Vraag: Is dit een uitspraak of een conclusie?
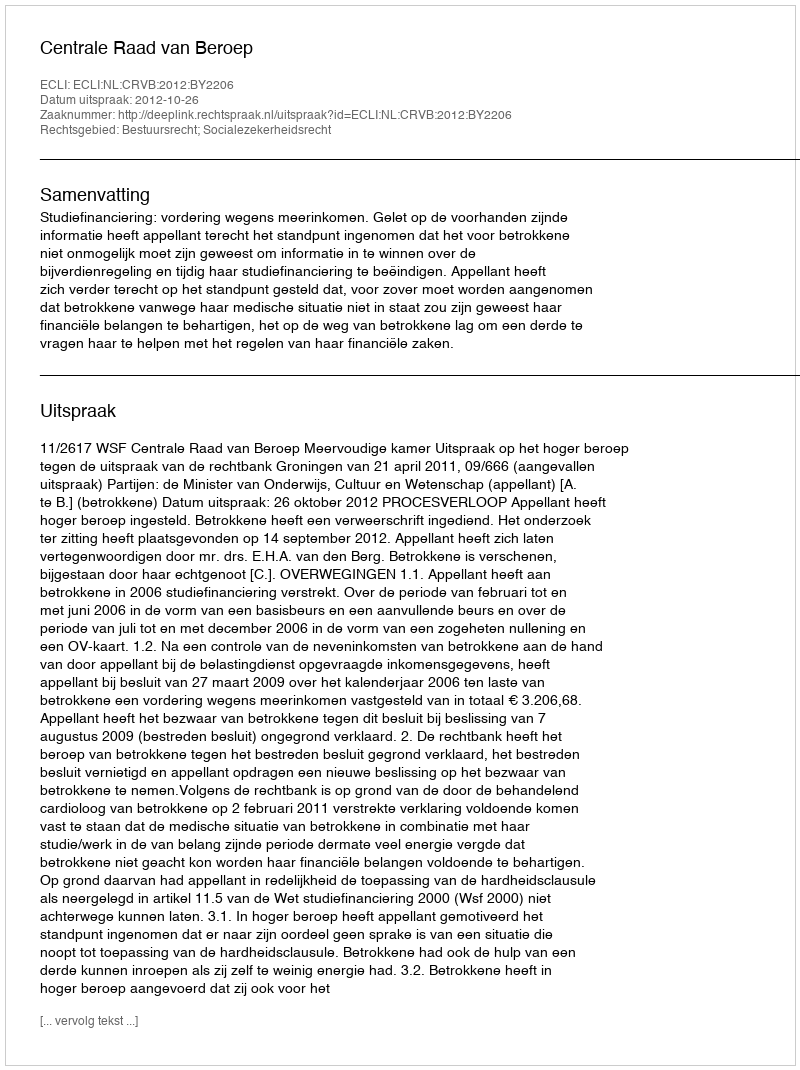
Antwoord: Uitspraak